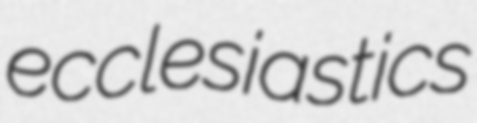
ecclesiastics